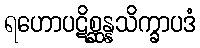
ရဟောပဋိစ္ဆန္နသိက္ခာပဒံ